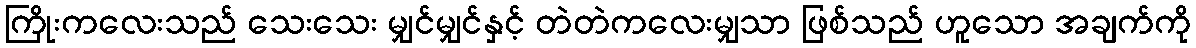
ကြိုးကလေးသည် သေးသေး မျှင်မျှင်နှင့် တဲတဲကလေးမျှသာ ဖြစ်သည် ဟူသော အချက်ကို